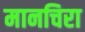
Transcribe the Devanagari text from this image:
मानचिरा